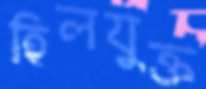
হিলযুক্ত